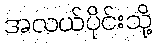
အလယ်ပိုင်းသို့